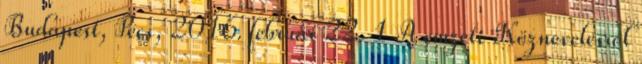
Budapest, Pécs, 2016. február 22. 1 A emzeti Köznevelésről